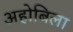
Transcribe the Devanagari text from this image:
अहोबिला